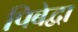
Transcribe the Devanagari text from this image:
पिबेद्वा